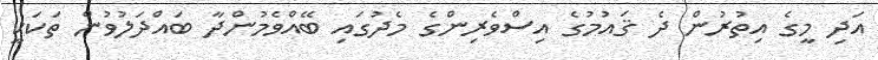
އަދި މީގެ އިތުރުން ދެ ޤައުމުގެ އިސްވެރިންގެ މެދުގައި ބޭއްވެމުންދާ ބައްދަލުވުން ތަކަކީ